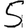
Digit: 5